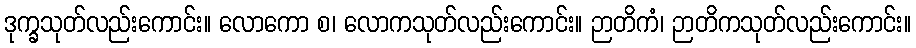
ဒုက္ခသုတ်လည်းကောင်း။ လောကော စ၊ လောကသုတ်လည်းကောင်း။ ဉာတိကံ၊ ဉာတိကသုတ်လည်းကောင်း။